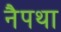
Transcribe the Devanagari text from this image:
नैपथा